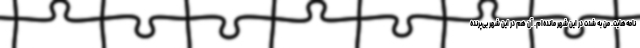
نامه‌هایت. من به شدت در این شهر مانده‌ام. آن هم در این شهر بی‌پرنده